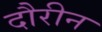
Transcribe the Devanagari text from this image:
दौरीन